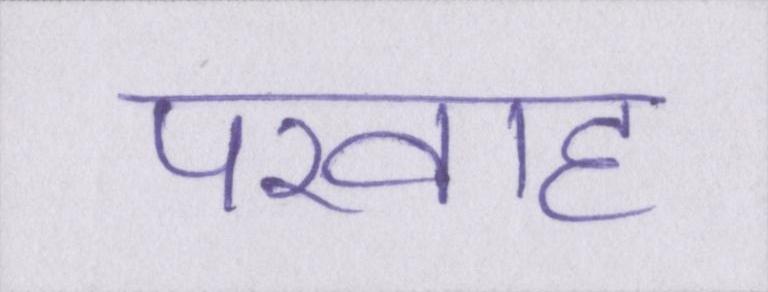
परवाह